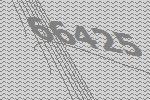
66425